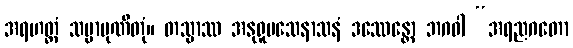
အရဟတ္တံ သမ္ပာပုဏိတုံ။ တသ္မာဿ အနုရူပသေနာသနံ ဒဿေန္တော ဘဂဝါ “အရညဂတော